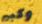
وكبير